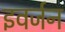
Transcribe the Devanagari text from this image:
इवर्जन